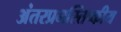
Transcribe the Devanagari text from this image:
अंतरप्रमस्तिष्‍कीय